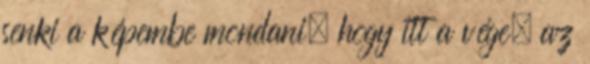
senki a képembe mondani, hogy itt a vége, az